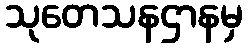
သုတေသနဌာနမှ